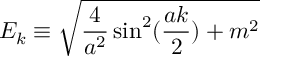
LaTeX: E _ { k } \equiv \sqrt { \frac { 4 } { a ^ { 2 } } \sin ^ { 2 } ( \frac { a k } { 2 } ) + m ^ { 2 } }